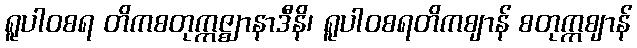
ရူပါဝစရ တိကစတုက္ကဇ္ဈာနာဒီနိ၊ ရူပါဝစရတိကဈာန် စတုက္ကဈာန်